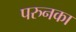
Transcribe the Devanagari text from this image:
परुनका